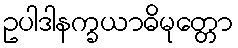
ဥပါဒါနက္ခယာဓိမုတ္တော